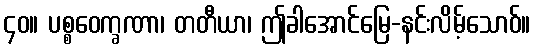
၄၀။ ပစ္စဝေက္ခဏာ၊ တတီယာ၊ ဤခါအောင်မြေ-နင်းလိမ့်သောဝ်။